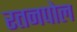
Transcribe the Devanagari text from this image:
रतनपोल